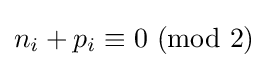
n_{i}+p_{i}\equiv 0\ (\mathrm {mod} \ 2)